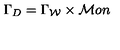
\Gamma _ { D } = \Gamma _ { \cal W } \times { \cal M } o n